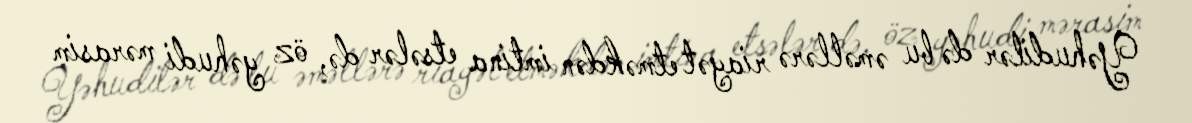
Yəhudilər də bu əməllərə riayət etməkdən imtina etsələr də, öz yəhudi mərasim